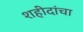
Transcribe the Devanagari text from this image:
शहीदांचा